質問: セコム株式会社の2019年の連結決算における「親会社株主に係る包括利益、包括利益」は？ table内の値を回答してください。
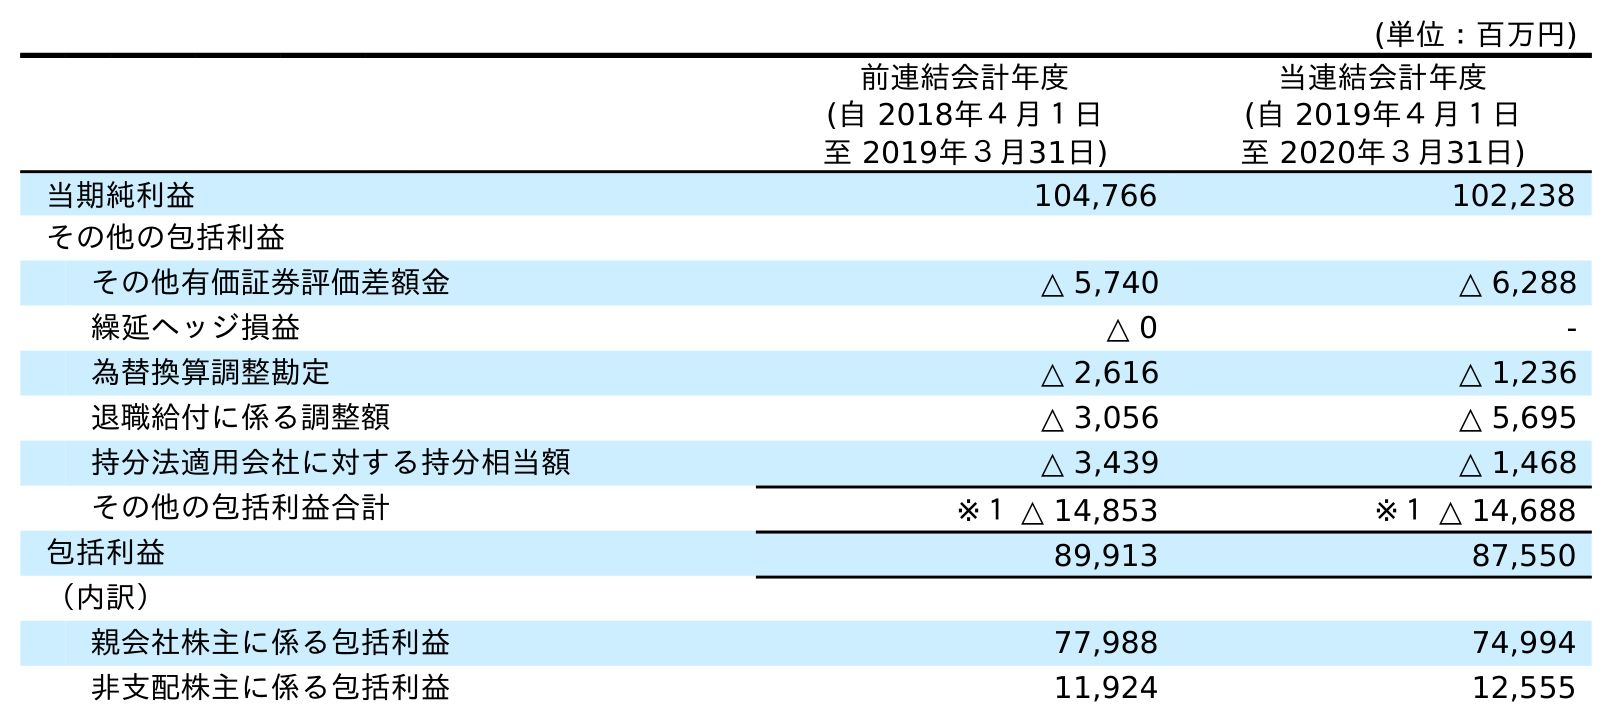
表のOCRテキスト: (単位：百万円) 前連結会計年度 (自 2018年４月１日 至 2019年３月31日) 当連結会計年度 (自 2019年４月１日 至 2020年３月31日) 当期純利益 104,766 102,238 その他の包括利益 その他有価証券評価差額金 △ 5,740 △ 6,288 繰延ヘッジ損益 △ 0 - 為替換算調整勘定 △ 2,616 △ 1,236 退職給付に係る調整額 △ 3,056 △ 5,695 持分法適用会社に対する持分相当額 △ 3,439 △ 1,468 その他の包括利益合計 ※１ △ 14,853 ※１ △ 14,688 包括利益 89,913 87,550 （内訳） 親会社株主に係る包括利益 77,988 74,994 非支配株主に係る包括利益 11,924 12,555
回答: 77,988